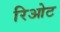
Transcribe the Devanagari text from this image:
रिओट